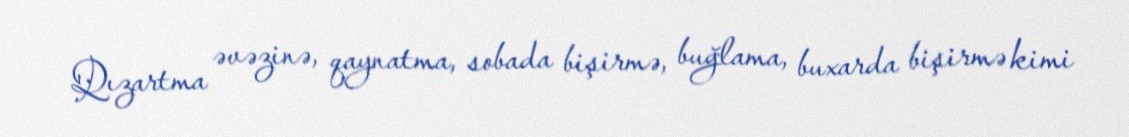
Qızartma əvəzinə, qaynatma, sobada bişirmə, buğlama, buxarda bişirmə kimi